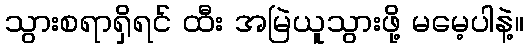
သွားစရာရှိရင် ထီး အမြဲယူသွားဖို့ မမေ့ပါနဲ့။